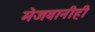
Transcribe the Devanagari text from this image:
मेजवानीही